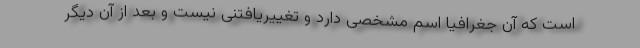
است که آن جغرافیا اسم مشخصی دارد و تغییریافتنی نیست و بعد از آن دیگر